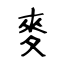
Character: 麥